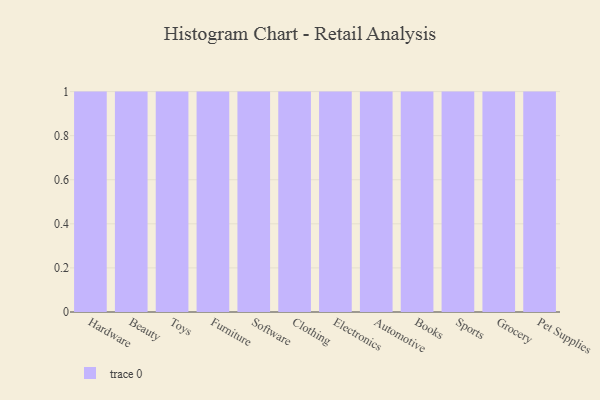
{"axis": {"x": "Category", "y": "Net Income (USD K)"}, "legend": [""], "data": [{"x": "Hardware", "y": 42, "type": ""}, {"x": "Beauty", "y": 37, "type": ""}, {"x": "Toys", "y": 16, "type": ""}, {"x": "Furniture", "y": 55, "type": ""}, {"x": "Software", "y": 42, "type": ""}, {"x": "Clothing", "y": 45, "type": ""}, {"x": "Electronics", "y": 86, "type": ""}, {"x": "Automotive", "y": 74, "type": ""}, {"x": "Books", "y": 3, "type": ""}, {"x": "Sports", "y": 80, "type": ""}, {"x": "Grocery", "y": 38, "type": ""}, {"x": "Pet Supplies", "y": 84, "type": ""}]}